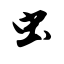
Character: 虫